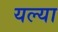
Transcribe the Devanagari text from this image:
यल्या